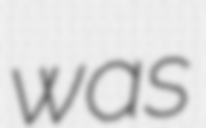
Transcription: was